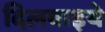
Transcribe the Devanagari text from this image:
दिलवाइये